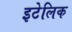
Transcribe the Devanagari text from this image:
इटेलिक